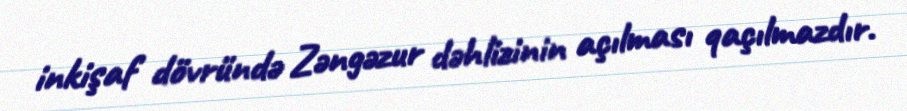
inkişaf dövründə Zəngəzur dəhlizinin açılması qaçılmazdır.